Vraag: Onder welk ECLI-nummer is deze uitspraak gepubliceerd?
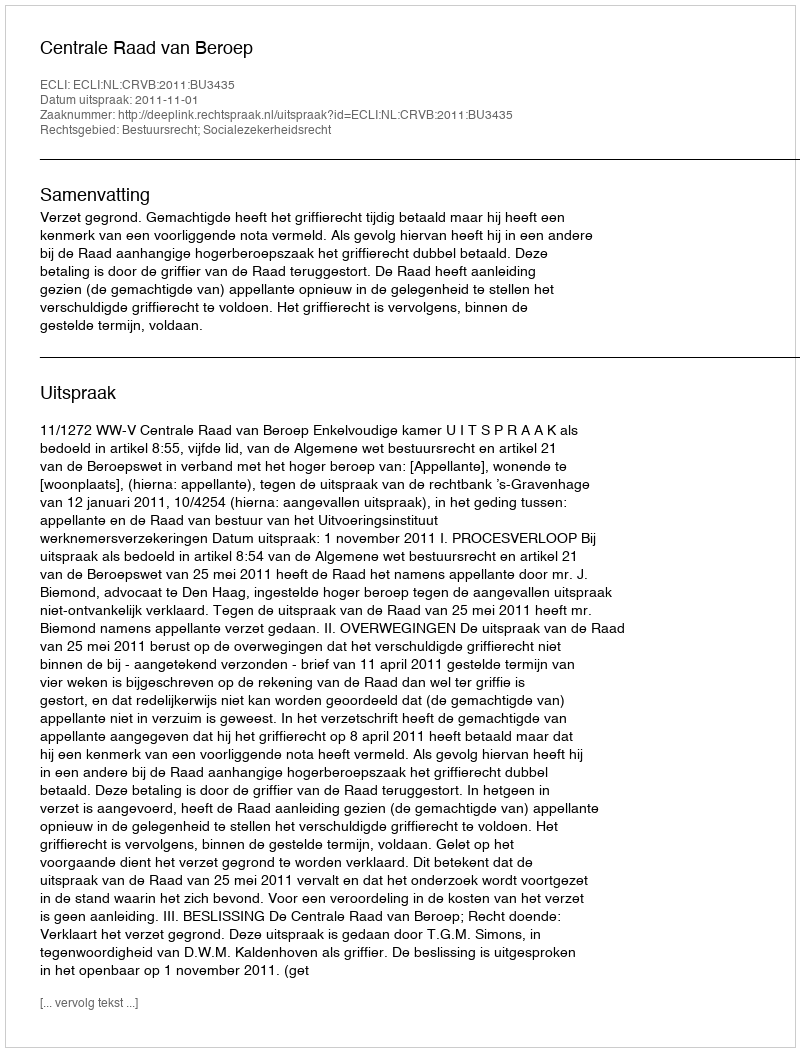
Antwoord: ECLI:NL:CRVB:2011:BU3435